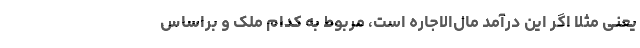
یعنی مثلا اگر این درآمد مال‌الاجاره است، مربوط به کدام ملک و براساس